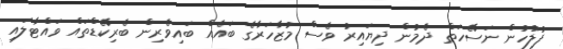
ފުލުހުން ނަސޭހަތް ދެމުން ދިޔައިރު ވެސް މުޒާހަރާގެ ބައެއް ބައިވެރިން ބެރިކޭޑްތައް ވައްޓާލައި